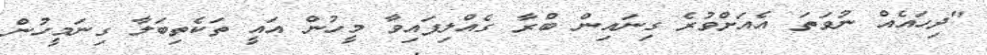
"ދިހައެއް ނުވަތަ އެއަށްވުރެ ގިނައިން ބްރާ ގެއްލިފައިވާ މީހުން އައީ ތަކެތިބަލާ ގިނަމީހުން